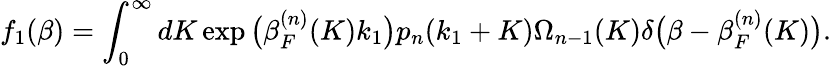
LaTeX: f_{1}(\beta)=\int_{0}^{\infty}dK\exp\big(\beta_{F}^{(n)}(K)k_{1}\big)p_{n}(k_{1}+K)\Omega_{n-1}(K)\delta\big(\beta-\beta_{F}^{(n)}(K)\big).